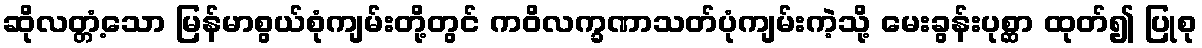
ဆိုလတ္တံ့သော မြန်မာစွယ်စုံကျမ်းတို့တွင် ကဝိလက္ခဏာသတ်ပုံကျမ်းကဲ့သို့ မေးခွန်းပုစ္ဆာ ထုတ်၍ ပြုစု